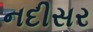
નદીસર